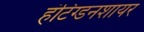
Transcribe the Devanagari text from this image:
हंटिंग्डनशायर